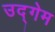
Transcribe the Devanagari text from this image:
उद्गेम